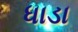
ધાડા